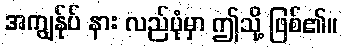
အကျွန်ုပ် နား လည်ပုံမှာ ဤသို့ ဖြစ်၏။